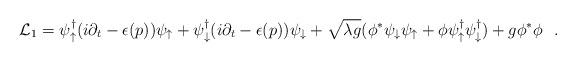
LaTeX: \begin{align*}{\cal L}_1 = \psi^\dagger_\uparrow (i \partial_t - \epsilon (p))\psi_\uparrow + \psi^\dagger_\downarrow (i \partial_t - \epsilon (p))\psi_\downarrow + \sqrt{\lambda g}(\phi^*\psi_\downarrow \psi_\uparrow +\phi \psi_\uparrow^\dagger \psi^\dagger_\downarrow) +g \phi^* \phi\, \, \, \, . \end{align*}